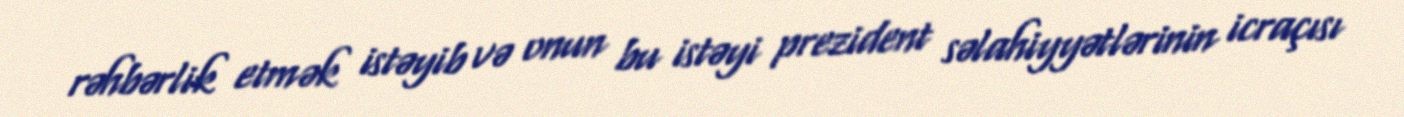
rəhbərlik etmək istəyib və onun bu istəyi prezident səlahiyyətlərinin icraçısı